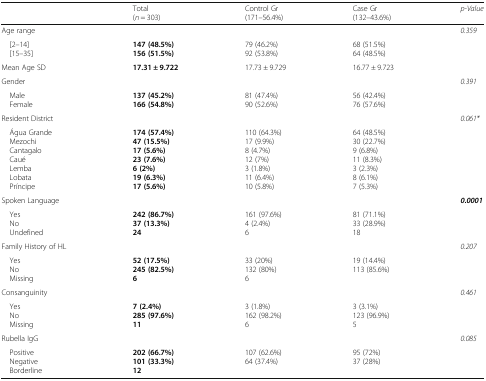
|  | Total(n = 303) | Control Gr(171–56.4%) | Case Gr(132–43.6%) | p-Value |
 | --- | --- | --- | --- | --- |
 | Age range |  |  |  | <ROWSPAN=2> 0.359 |
 | [2–14] [15–35] | 147 (48.5%)156 (51.5%) | 79 (46.2%)92 (53.8%) | 68 (51.5%)64 (48.5%) |
 | Mean Age SD | 17.31 ± 9.722 | 17.73 ± 9.729 | 16.77 ± 9.723 |  |
 | Gender |  |  |  | <ROWSPAN=2> 0.391 |
 | Male Female | 137 (45.2%)166 (54.8%) | 81 (47.4%)90 (52.6%) | 56 (42.4%)76 (57.6%) |
 | Resident District |  |  |  | <ROWSPAN=2> 0.061* |
 | Água Grande Mezochi Cantagalo Caué Lemba Lobata Príncipe | 174 (57.4%)47 (15.5%)17 (5.6%)23 (7.6%)6 (2%)19 (6.3%)17 (5.6%) | 110 (64.3%)17 (9.9%)8 (4.7%)12 (7%)3 (1.8%)11 (6.4%)10 (5.8%) | 64 (48.5%)30 (22.7%)9 (6.8%)11 (8.3%)3 (2.3%)8 (6.1%)7 (5.3%) |
 | Spoken Language |  |  |  | <ROWSPAN=2> 0.0001 |
 | Yes No Undefined | 242 (86.7%)37 (13.3%)24 | 161 (97.6%)4 (2.4%)6 | 81 (71.1%)33 (28.9%)18 |
 | Family History of HL |  |  |  | <ROWSPAN=2> 0.207 |
 | Yes No Missing | 52 (17.5%)245 (82.5%)6 | 33 (20%)132 (80%)6 | 19 (14.4%)113 (85.6%) |
 | Consanguinity |  |  |  | <ROWSPAN=2> 0.461 |
 | Yes No Missing | 7 (2.4%)285 (97.6%)11 | 3 (1.8%)162 (98.2%)6 | 3 (3.1%)123 (96.9%)5 |
 | Rubella IgG |  |  |  | <ROWSPAN=2> 0.085 |
 | Positive Negative Borderline | 202 (66.7%)101 (33.3%)12 | 107 (62.6%)64 (37.4%) | 95 (72%)37 (28%) |